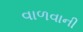
વાળવાની